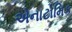
એનાટોમિક